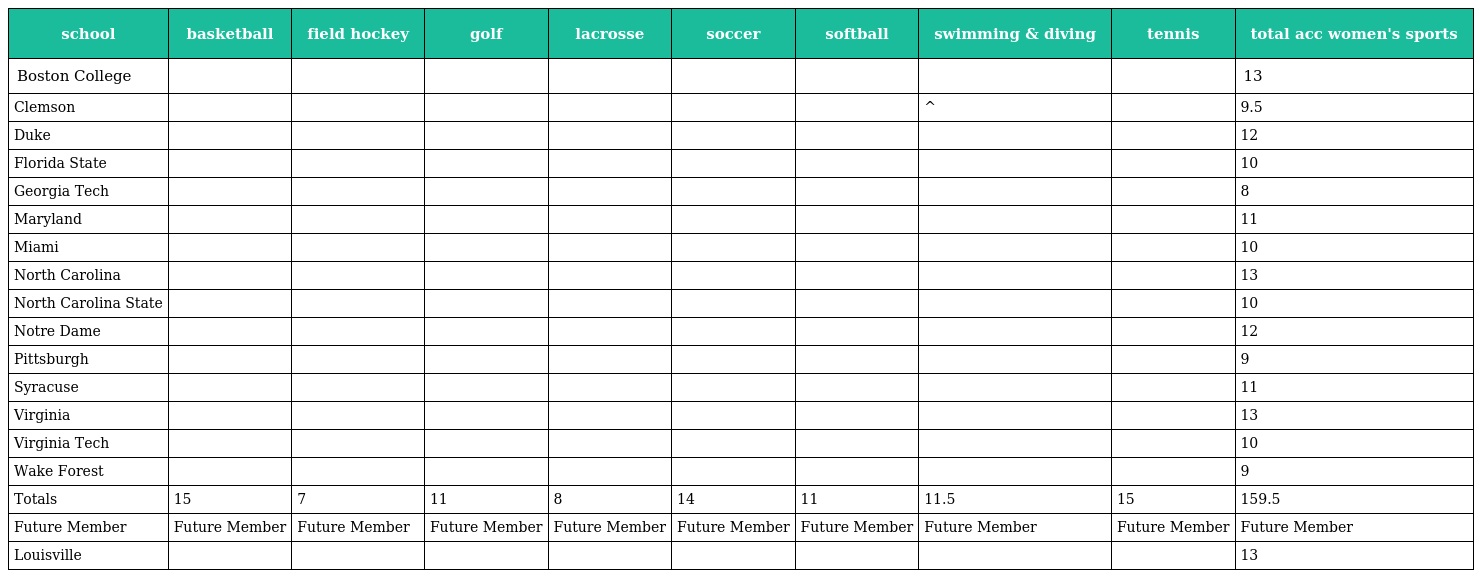
| school | basketball | field hockey | golf | lacrosse | soccer | softball | swimming & diving | tennis | total acc women's sports |
 | --- | --- | --- | --- | --- | --- | --- | --- | --- | --- |
 | Boston College |  |  |  |  |  |  |  |  | 13 |
 | Clemson |  |  |  |  |  |  | ^ |  | 9.5 |
 | Duke |  |  |  |  |  |  |  |  | 12 |
 | Florida State |  |  |  |  |  |  |  |  | 10 |
 | Georgia Tech |  |  |  |  |  |  |  |  | 8 |
 | Maryland |  |  |  |  |  |  |  |  | 11 |
 | Miami |  |  |  |  |  |  |  |  | 10 |
 | North Carolina |  |  |  |  |  |  |  |  | 13 |
 | North Carolina State |  |  |  |  |  |  |  |  | 10 |
 | Notre Dame |  |  |  |  |  |  |  |  | 12 |
 | Pittsburgh |  |  |  |  |  |  |  |  | 9 |
 | Syracuse |  |  |  |  |  |  |  |  | 11 |
 | Virginia |  |  |  |  |  |  |  |  | 13 |
 | Virginia Tech |  |  |  |  |  |  |  |  | 10 |
 | Wake Forest |  |  |  |  |  |  |  |  | 9 |
 | Totals | 15 | 7 | 11 | 8 | 14 | 11 | 11.5 | 15 | 159.5 |
 | Future Member | Future Member | Future Member | Future Member | Future Member | Future Member | Future Member | Future Member | Future Member | Future Member |
 | Louisville |  |  |  |  |  |  |  |  | 13 |